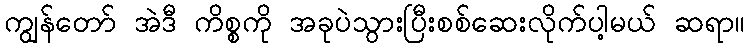
ကျွန်တော် အဲဒီ ကိစ္စကို အခုပဲသွားပြီးစစ်ဆေးလိုက်ပါ့မယ် ဆရာ။